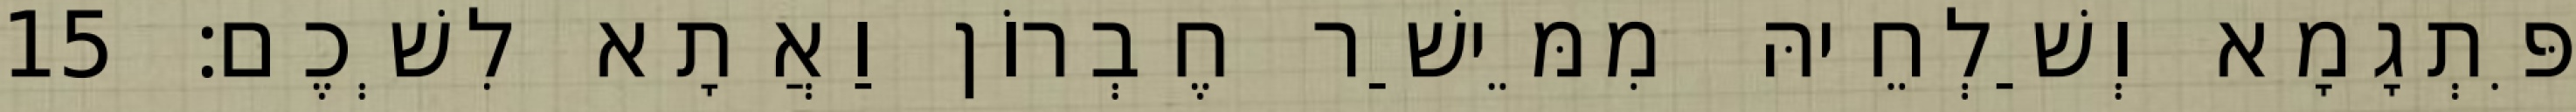
פִּתְגָמָא וְשַׁלְחֵיהּ מִמֵּישַׁר חֶבְרוֹן וַאֲתָא לִשְׁכֶם׃ 15